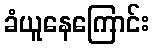
ခံယူနေကြောင်း